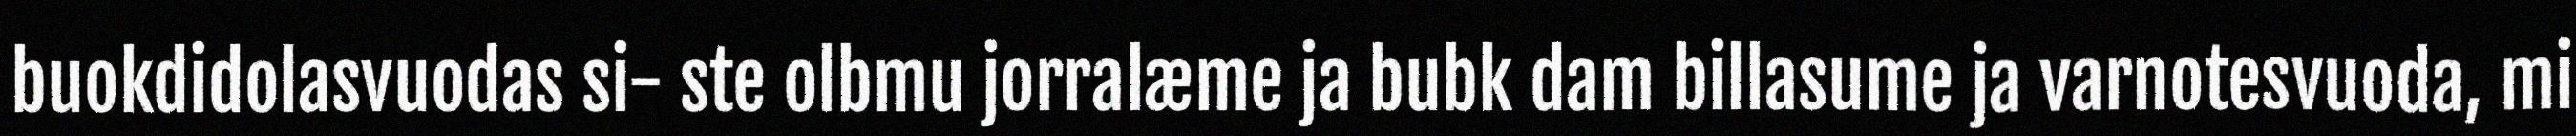
buokdidolasvuodas si- ste olbmu jorralæme ja bubk dam billasume ja varnotesvuoda, mi